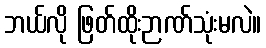
ဘယ်လို ဖြတ်ထိုးဉာဏ်သုံးမလဲ။